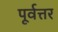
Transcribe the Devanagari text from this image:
पूर्वत्तर